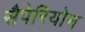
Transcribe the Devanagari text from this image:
सैपेरियोन